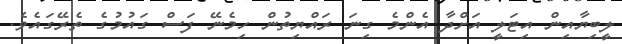
ލީބިޔާއިން އިޓަލީ އަށްދާ އެންމެ ގިނަ ރައްޔިތުން ހިމެނޭ ފަސް ގައުމުގެ ތެރޭގައެވެ.